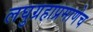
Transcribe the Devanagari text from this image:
लघुग्रहाप्रमाणेच